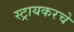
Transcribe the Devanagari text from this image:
स्ट्रायकरचे